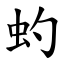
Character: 虳